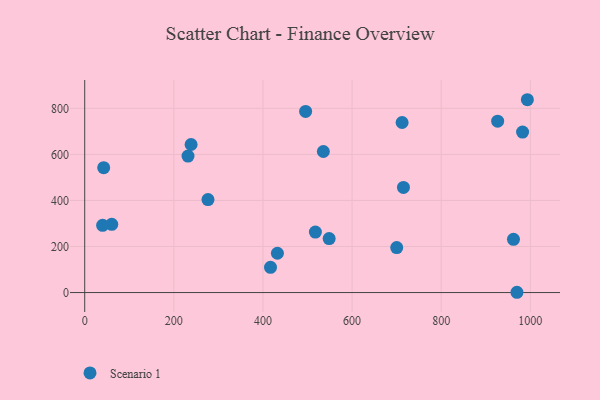
{"axis": {"x": "Speed", "y": "Exam Score"}, "legend": ["Scenario 1"], "data": [{"x": "238.7", "y": 643.0, "type": "Scenario 1"}, {"x": "42.6", "y": 542.3, "type": "Scenario 1"}, {"x": "712.2", "y": 738.5, "type": "Scenario 1"}, {"x": "495.7", "y": 786.7, "type": "Scenario 1"}, {"x": "535.5", "y": 612.6, "type": "Scenario 1"}, {"x": "715.2", "y": 456.8, "type": "Scenario 1"}, {"x": "982.5", "y": 697.0, "type": "Scenario 1"}, {"x": "548.5", "y": 234.4, "type": "Scenario 1"}, {"x": "993.3", "y": 837.5, "type": "Scenario 1"}, {"x": "969.9", "y": 1.2, "type": "Scenario 1"}, {"x": "962.1", "y": 231.0, "type": "Scenario 1"}, {"x": "231.8", "y": 592.6, "type": "Scenario 1"}, {"x": "517.6", "y": 262.7, "type": "Scenario 1"}, {"x": "700.1", "y": 195.5, "type": "Scenario 1"}, {"x": "60.7", "y": 296.4, "type": "Scenario 1"}, {"x": "276.6", "y": 403.9, "type": "Scenario 1"}, {"x": "40.2", "y": 291.8, "type": "Scenario 1"}, {"x": "432.4", "y": 170.6, "type": "Scenario 1"}, {"x": "926.6", "y": 744.2, "type": "Scenario 1"}, {"x": "416.9", "y": 109.6, "type": "Scenario 1"}]}